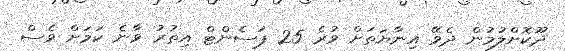
ދޫކޮށްލުމުން ދެވޭ އިނާޔަތަށް ވުރެ 25 ޕަސެންޓް އިތުރު ވާނެ ކަމަށް ވެސް